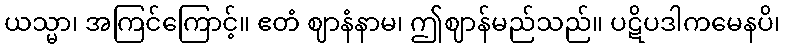
ယသ္မာ၊ အကြင်ကြောင့်။ ဧတံ ဈာနံနာမ၊ ဤဈာန်မည်သည်။ ပဋိပဒါကမေနပိ၊